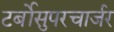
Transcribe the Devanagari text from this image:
टर्बोसुपरचार्जर